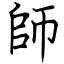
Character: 師